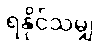
ရနိုင်သမျှ